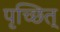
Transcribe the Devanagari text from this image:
पृच्छित्